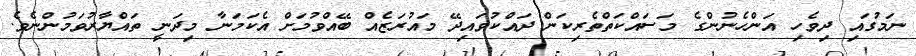
ނަމުގައި ދިވެހި އަންހެނުންގެ މަސައްކަތްތެރިކަން ދައްކުވައިދޭ މައުރަޒެއް ބޭއްވުމަށް އެކަމަނާ މިދަނީ ތައްޔާރުވަމުންނެވެ.